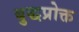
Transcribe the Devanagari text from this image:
बुद्धप्रोक्त